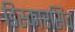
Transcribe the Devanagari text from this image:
डिस्कारसिव